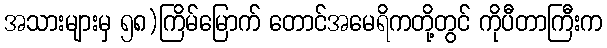
အသားများမှ ၅၈)ကြိမ်မြောက် တောင်အမေရိကတို့တွင် ကိုပီတာကြီးက